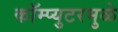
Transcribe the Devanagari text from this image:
कॉम्प्युटरमुळे